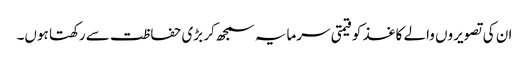
ان کی تصویروں والے کاغذ کو قیمتی سرمایہ سمجھ کر بڑی حفاظت سے رکھتا ہوں۔